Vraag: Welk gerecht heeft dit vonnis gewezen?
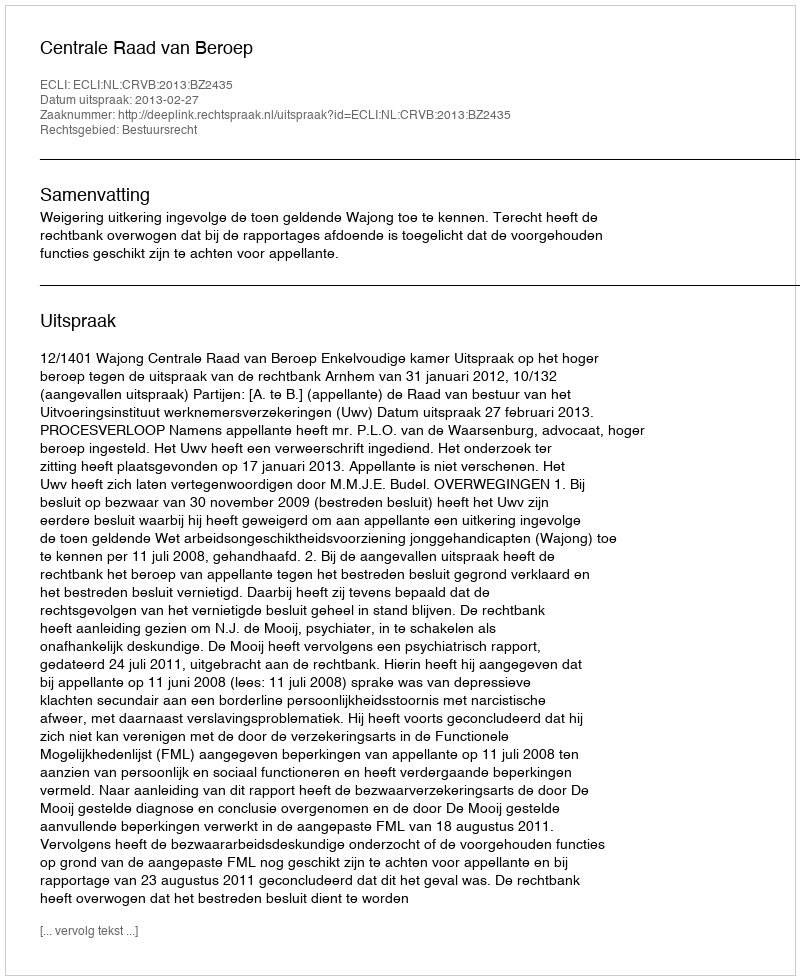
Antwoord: Centrale Raad van Beroep